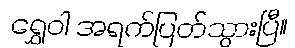
ရွှေဝါ အရက်ပြတ်သွားပြီ။